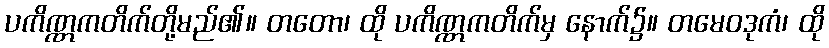
ပကိဏ္ဏကတိက်တို့မည်၏။ တတော၊ ထို ပကိဏ္ဏကတိက်မှ နောက်၌။ တမေဝဒုကံ၊ ထို